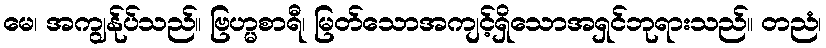
မေ၊ အကျွန်ုပ်သည်။ ဗြဟ္မစာရီ၊ မြတ်သောအကျင့်ရှိသောအရှင်ဘုရားသည်။ တညံ၊